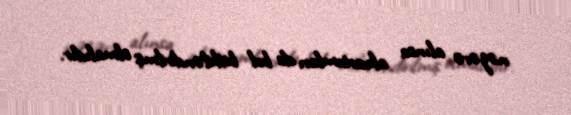
nəzərə alınsa akvariumları da bol bitkiləndirilmiş olmalıdır.